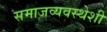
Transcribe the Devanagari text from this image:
समाजव्यवस्थेशी